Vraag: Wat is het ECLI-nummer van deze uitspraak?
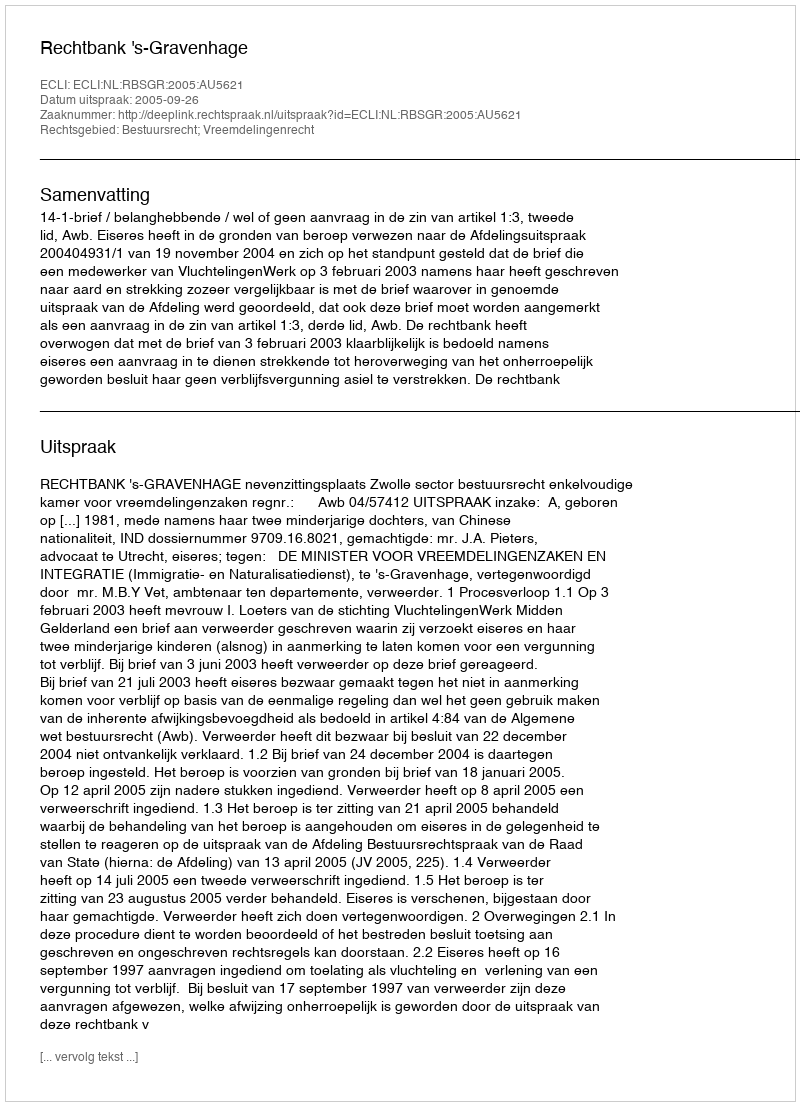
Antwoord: ECLI:NL:RBSGR:2005:AU5621